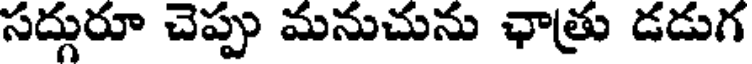
సద్గురూ చెప్పు మనుచును ఛాత్రు డడుగ